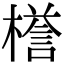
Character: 𣚞